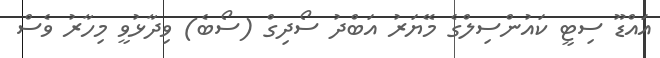
އައްޑޫ ސިޓީ ކައުންސިލްގެ މޭޔަރު އަބްދު ސޯދިގް (ސޯބެ) ވިދާޅުވީ މިހާރު ވެސް